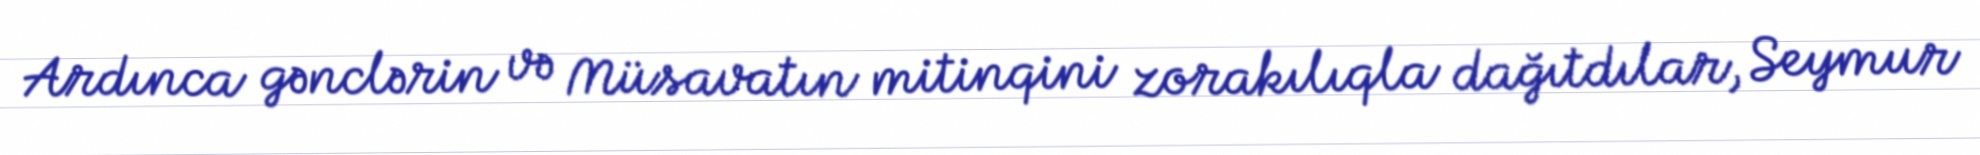
Ardınca gənclərin və Müsavatın mitinqini zorakılıqla dağıtdılar, Seymur